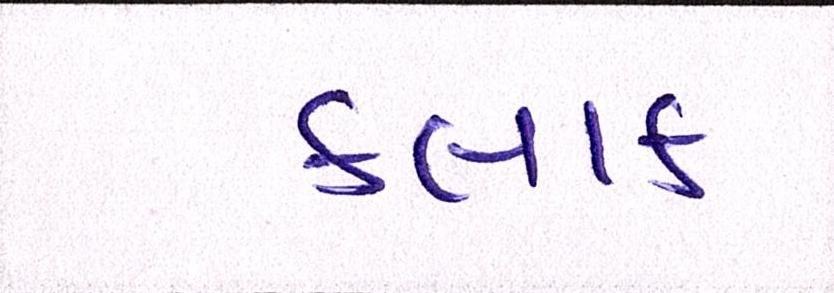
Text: કલાક